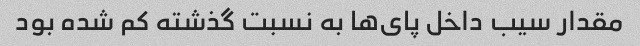
مقدار سیب داخل پای‌ها به نسبت گذشته کم شده بود